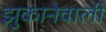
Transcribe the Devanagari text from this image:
झुकानेवाली